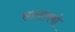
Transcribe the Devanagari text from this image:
सालामबो